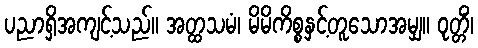
ပညာရှိအကျင့်သည်။ အတ္ထသမံ၊ မိမိကိစ္စနှင့်တူသောအမျှ။ ဝုတ္တိံ၊